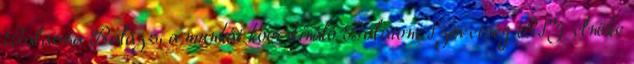
Balassa Balázs, a munkát koordináló Balatoni Szövetség BSZ elnöke